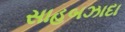
સાહબઝાદા